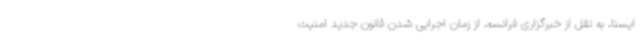
ایسنا، به نقل از خبرگزاری فرانسه، از زمان اجرایی شدن قانون جدید امنیت